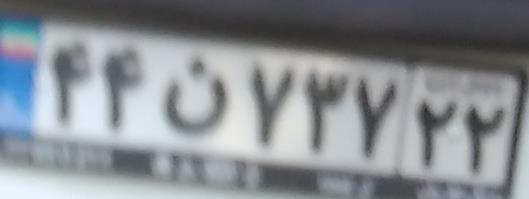
۴۴ن۷۳۷۲۲